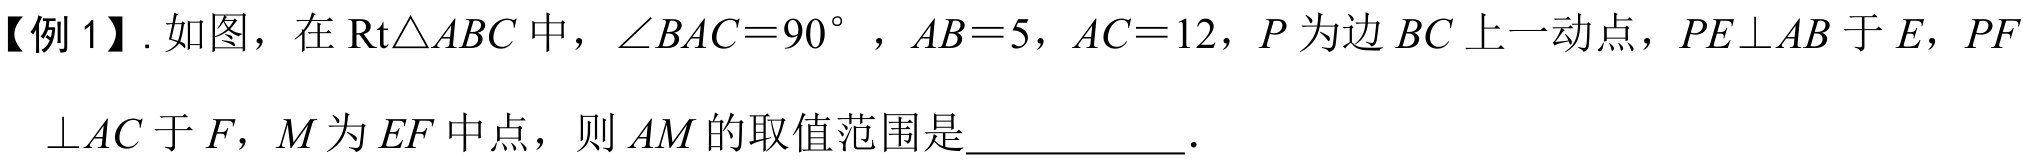
【例 1】. 如图，在\(\text{Rt}\triangle ABC\)中，\(\angle BAC = 90^{\circ}\)，\(AB = 5\)，\(AC = 12\)，\(P\)为边\(BC\)上一动点，\(PE\perp AB\)于\(E\)，\(PF\perp AC\)于\(F\)，\(M\)为\(EF\)中点，则\(AM\)的取值范围是  。